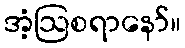
အံ့ဩစရာနော်။